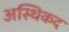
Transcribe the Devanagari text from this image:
अस्थिकद